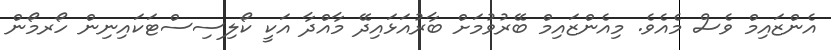
އެންޒައިމް ވެސް މެއެވެ. މިއެންޒައިމް ބޭރުވުމަށް ބާރުއަޅައިދޭ މާއްދާ އަކީ ކޯލިސިސްޓަކައިނިން ހޯރމޯން